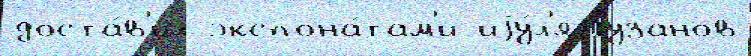
доста́в'ил экспона́там'и иjу́л'я Гузанов